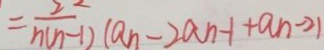
= \frac { 2 } { n ( n - 1 ) } ( a _ { n } - 2 a n - 1 + a _ { n } - 2 )